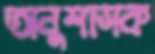
অনুশাসক